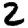
Digit: 2